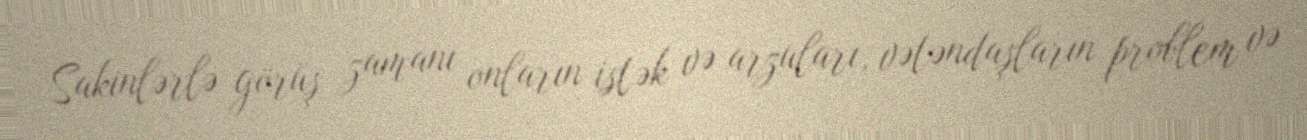
Sakinlərlə görüş zamanı onların istək və arzuları, vətəndaşların problem və